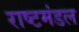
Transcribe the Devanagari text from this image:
राष्टमंडल